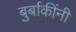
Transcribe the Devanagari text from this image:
बुर्बाकींनी